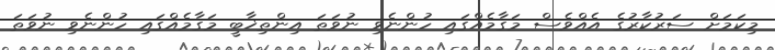
މިކަމަށް ސަރުކާރުގެ އެއްވެސް މަގާމެއްގައި ހުންނެވި ނުވަތަ އިންތިޚާބީ މަގާމެއްގައި ހުންނެވި ނުވަތަ